Indian Civil Veterinary Department memoirs
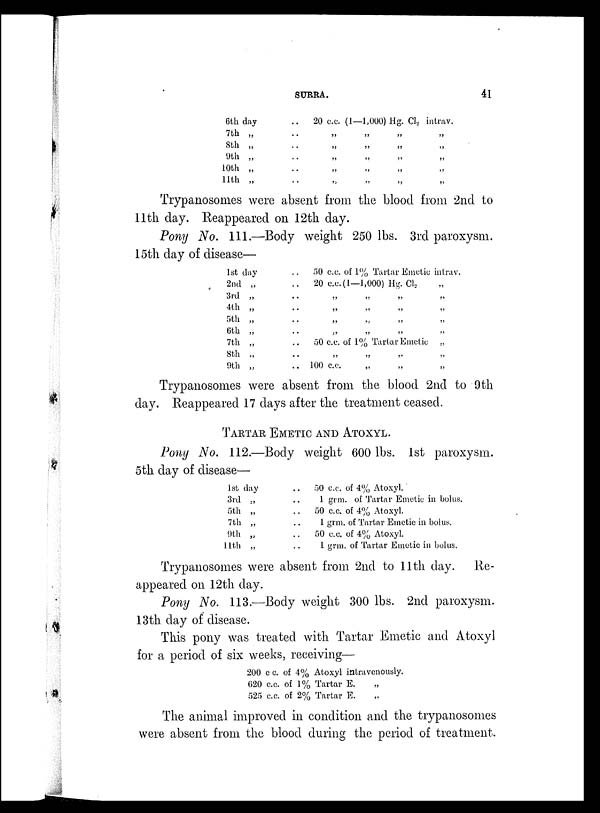
SURRA.
41
6th day
7th „
8th „
9th „
10th „
11th „
..
20 c.c. (1—1,000) Hg. Cl 2
.. „ „ „
.. „ „ „
.. „
„
„
.. „ „ „
.. „ „ „
inrav.
„
„
„
„
„
Trypanosomes were absent from the blood from 2nd to
11th day.
Reppeared on 12th day.
Pony No. 111.—Body weight 250 lbs. 3rd paroxysm.
15th day of disease—
1st day ..
2nd „ ..
3rd „ ..
4th „ ..
5th „ ..
6th „ ..
7th „ ..
8th „ ..
9th „ ..
50 c.c. of 1% Tartar Emetic inrav.
20 c.c. (1—1,000) Hg. Cl 2 „
„ „ „ „
„ „ „ „
„ „ „ „
„ „ „ „
50 c.c. of 1% Tartar Emetic „
„ „ „ „
100 c.c. „ „ „
Trypanosomes were absent from the blood 2nd to 9th
day. Reappeared 17 days after the treatment ceased.
TARTAR EMETIC AND ATOXYL.
Pony No. 112.—Body weight 600 lbs. 1st paroxysm.
5th day of disease—
1st day ..
3rd „ ..
5th „ ..
7th „ ..
9th „ ..
11th „ ..
50 c.c. of 4% Atoxyl.
1 grm. of Tartar Emetic in bolus.
50 c.c. of 4% Atoxyl.
1 grm. of Tartar Emetic in bolus.
50 c.c. of 4% Atoxyl.
1 grm. of Tartar Emetic in bolus.
Trypanosomes were absent from 2nd to 11th day. Re-
appeared on 12th day.
Pony No. 113.—Body weight 300 lbs. 2nd paroxysm.
13th day of disease.
This pony was treated with Tartar Emetic and Atoxyl
for a period of six weeks, receiving—
200 c c. of 4%
620 c.c. of 1%
525 c.c. of 2%
Atoxyl intravenously.
Tartar E.
„
Tartar E.
„
The animal improved in condition and the trypanosomes
were absent from the blood during the period of treatment.